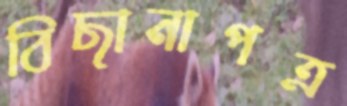
বিছানাপত্র